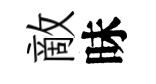
敵昧